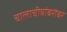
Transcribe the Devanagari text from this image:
चालाचीत्रांबरोबर